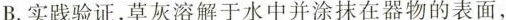
B.实践验证,草灰溶解于水中并涂抹在器物的表面，